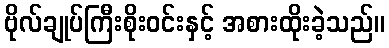
ဗိုလ်ချုပ်ကြီးစိုးဝင်းနှင့် အစားထိုးခဲ့သည်။